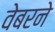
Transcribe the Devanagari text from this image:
वेबरने